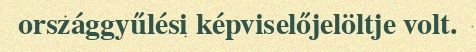
országgyűlési képviselőjelöltje volt.